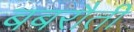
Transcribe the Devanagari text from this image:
बबरौती